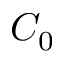
C _ { 0 }